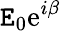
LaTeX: \mathtt{E}_{0}\mathrm{{e}}^{i\beta}